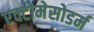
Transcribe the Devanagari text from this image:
एक्टोमेसोडर्म